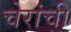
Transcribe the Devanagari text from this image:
चेरांची